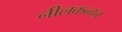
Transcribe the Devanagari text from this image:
नीलकन्दन